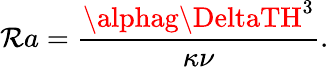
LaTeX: \mathcal{R}a=\frac{{\alphag\DeltaTH^{3}}}{{\kappa\nu}}.